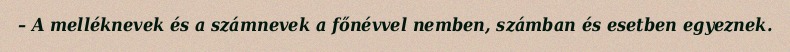
– A melléknevek és a számnevek a főnévvel nemben, számban és esetben egyeznek.